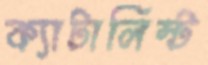
ক্যাটালিস্ট